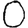
Digit: 0